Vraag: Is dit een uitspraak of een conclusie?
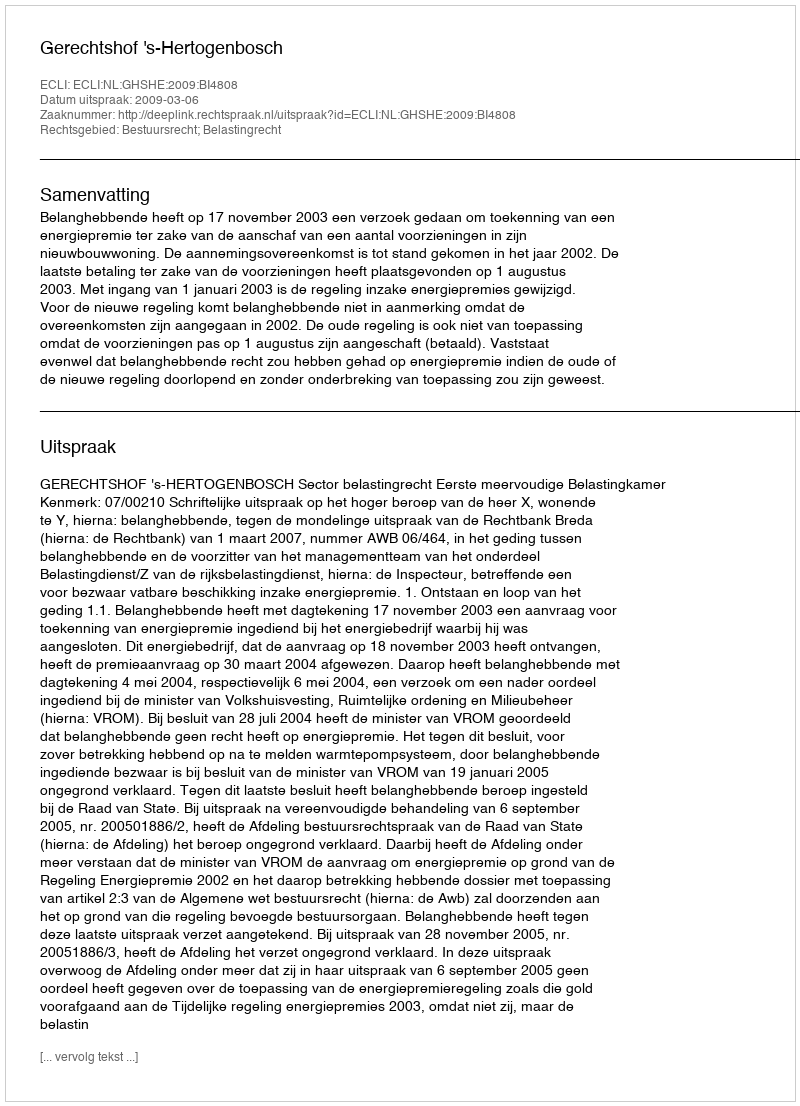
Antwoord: Uitspraak